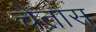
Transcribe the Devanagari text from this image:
चेतास